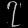
Digit: ၇